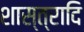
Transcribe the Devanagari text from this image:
शास्त्रादि